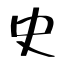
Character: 史